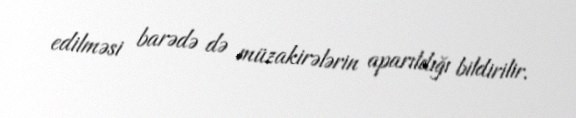
edilməsi barədə də müzakirələrin aparıldığı bildirilir.